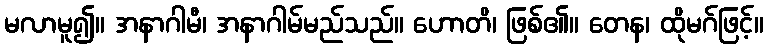
မလာမူ၍။ အနာဂါမီ၊ အနာဂါမ်မည်သည်။ ဟောတိ၊ ဖြစ်၏။ တေန၊ ထိုမဂ်ဖြင့်။